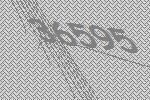
36595